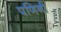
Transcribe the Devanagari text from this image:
पणिनी